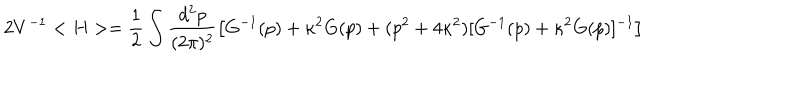
2 V ^ { - 1 } < H > = \frac { 1 } { 2 } \int \frac { d ^ { 2 } p } { ( 2 \pi ) ^ { 2 } } \left[ G ^ { - 1 } ( p ) + \kappa ^ { 2 } G ( p ) + ( p ^ { 2 } + 4 \kappa ^ { 2 } ) [ G ^ { - 1 } ( p ) + \kappa ^ { 2 } G ( p ) ] ^ { - 1 } \right]